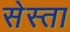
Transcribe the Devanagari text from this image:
सेस्ता